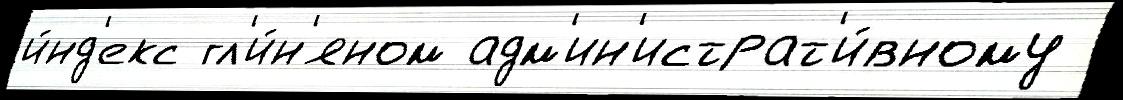
и́нд'екс гл'и́н'яном адм'ин'истрат'и́вному